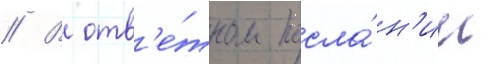
// В отв'е́тном посла́н'ии